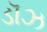
ડૉઝ